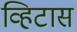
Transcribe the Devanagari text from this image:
व्हिटास